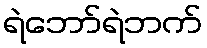
ရဲဘော်ရဲဘက်